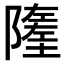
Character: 𨼰